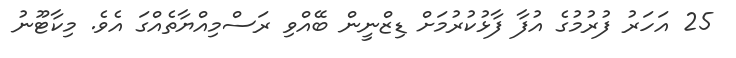
25 އަހަރު ފުރުމުގެ އުފާ ފާޅުކުރުމަށް ޑިޒްނީން ބޭއްވި ރަސްމިއްޔާތެއްގަ އެވެ. މިކާޓޫނު